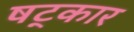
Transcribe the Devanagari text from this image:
षट्‌कार